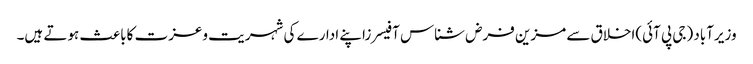
وزیرآباد (جی پی آئی)اخلاق سے مزین فرض شناس آفیسرزاپنے ادارے کی شہریت وعزت کاباعث ہوتے ہیں۔